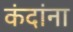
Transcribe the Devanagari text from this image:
कंदांना